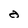
Character: a